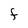
Character: f